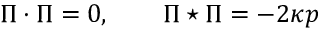
\Pi \cdot \Pi = 0 , \qquad \Pi \star \Pi = - 2 \kappa p